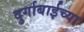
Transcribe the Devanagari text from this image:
दुर्गाबाईच्या